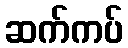
ဆက်ကပ်